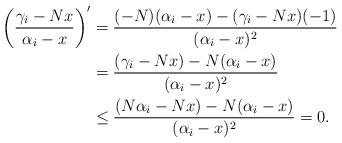
LaTeX: \begin{align*}\left(\frac{\gamma_i-Nx}{\alpha_i-x}\right)'&=\frac{(-N)(\alpha_i-x)-(\gamma_i-Nx)(-1)}{(\alpha_i-x)^2}\\&=\frac{(\gamma_i-Nx)-N(\alpha_i-x)}{(\alpha_i-x)^2}\\&\le\frac{(N\alpha_i-Nx)-N(\alpha_i-x)}{(\alpha_i-x)^2}=0.\end{align*}